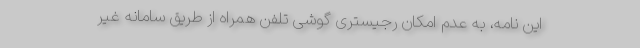
این نامه، به عدم امکان رجیستری گوشی تلفن همراه از طریق سامانه غیر